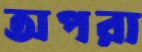
অপরা